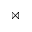
\bowtie